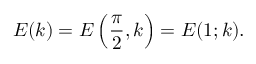
E ( k ) = E \left( { \frac { \pi } { 2 } } , k \right) = E ( 1 ; k ) .